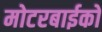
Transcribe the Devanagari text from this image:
मोटरबाईकों